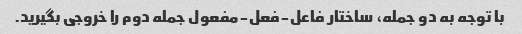
با توجه به دو جمله، ساختار فاعل-فعل-مفعول جمله دوم را خروجی بگیرید.